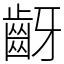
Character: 齖